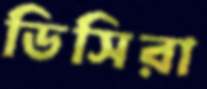
ডিসিরা